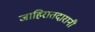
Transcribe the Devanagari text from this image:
जाहिरातदारानी